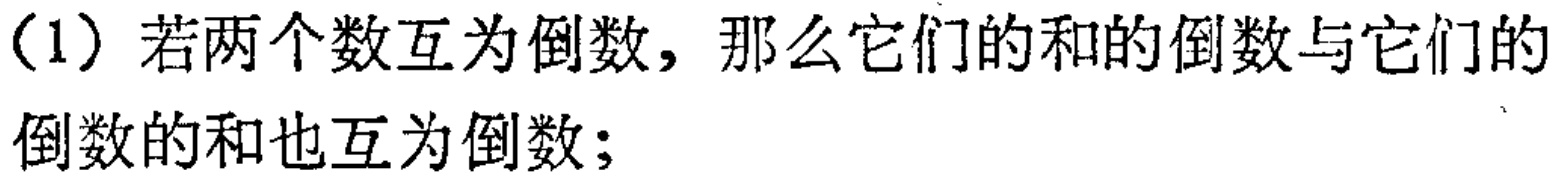
（1）若两个数互为倒数，那么它们的和的倒数与它们的倒数的和也互为倒数；